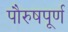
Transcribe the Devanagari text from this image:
पौरुषपूर्ण